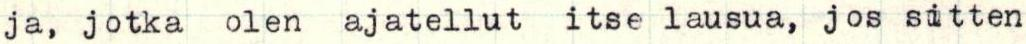
ja, jotka olen ajatellut itse lausua, jos sitten